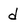
Character: d